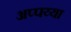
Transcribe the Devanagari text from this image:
अप्पय्या